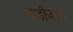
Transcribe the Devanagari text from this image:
गाडीजवळ